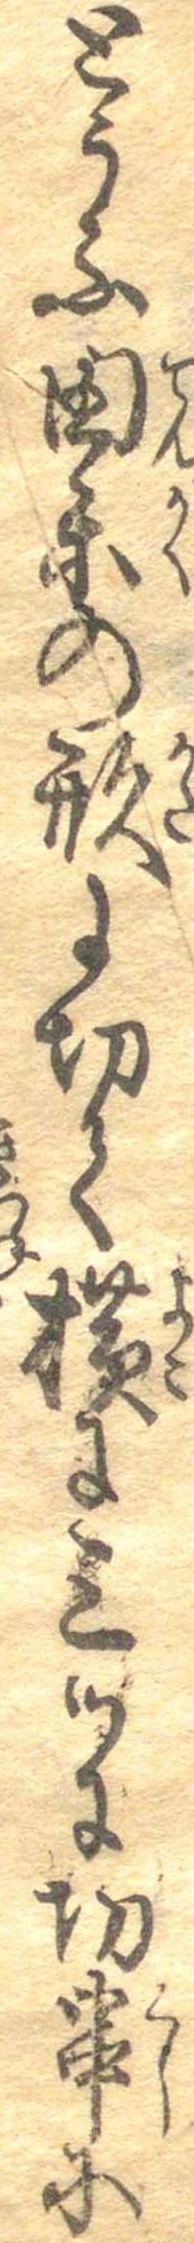
とうふ田楽の形に切て横に三つに切串に